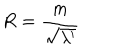
R = { \frac { m } { \sqrt { \lambda ^ { \prime } } } }